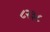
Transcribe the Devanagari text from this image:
८२३८